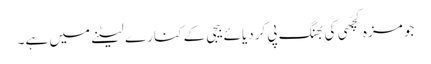
جو مزہ کچّھی کی بھنگ پی کردیائے بیجی کے کنارے لیٹنے میں ہے۔